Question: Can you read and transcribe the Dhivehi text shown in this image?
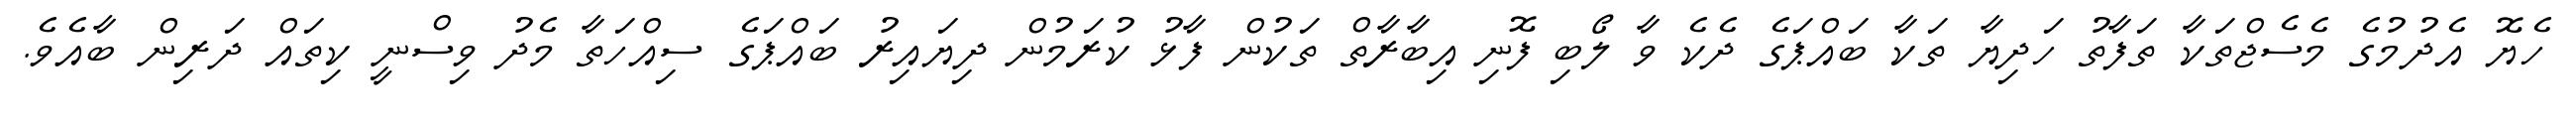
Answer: ހެޔޮ އެދުމުގެ މެސެޖްތަކާ ތަފާތު ހަދިޔާ ތަކާ ބައްޕަގެ ދެކެ ވާ ލޯބި ފޮނި އިބާރާތް ތަކުން ފާޅު ކުރަމުން ދިޔައިރު ބައްޕަގެ ސިއްހަތާ މެދު ވިސްނީ ކިތައް ދަރިން ބާއެވެ.